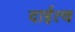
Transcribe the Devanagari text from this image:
दाईत्व